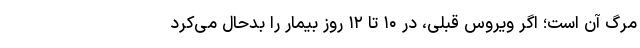
مرگ آن است؛ اگر ویروس قبلی، در ۱۰ تا ۱۲ روز بیمار را بدحال می‌کرد